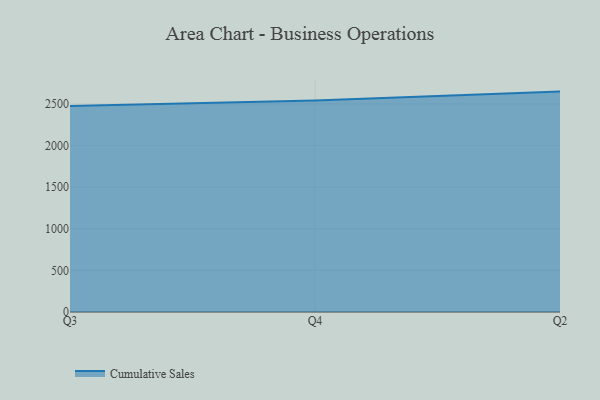
{"axis": {"x": "Quarter", "y": "Market Share (%)"}, "legend": ["Cumulative Sales"], "data": [{"x": "Q3", "y": 2475.7, "type": "Cumulative Sales"}, {"x": "Q4", "y": 2540.4, "type": "Cumulative Sales"}, {"x": "Q2", "y": 2648.2, "type": "Cumulative Sales"}]}